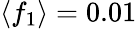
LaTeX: \langle f_{1}\rangle=0.01